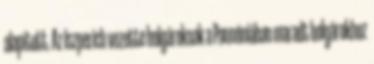
alapított. Az Iszperich vezette bolgároknak a Pannóniában maradt bolgárokhoz